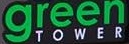
green